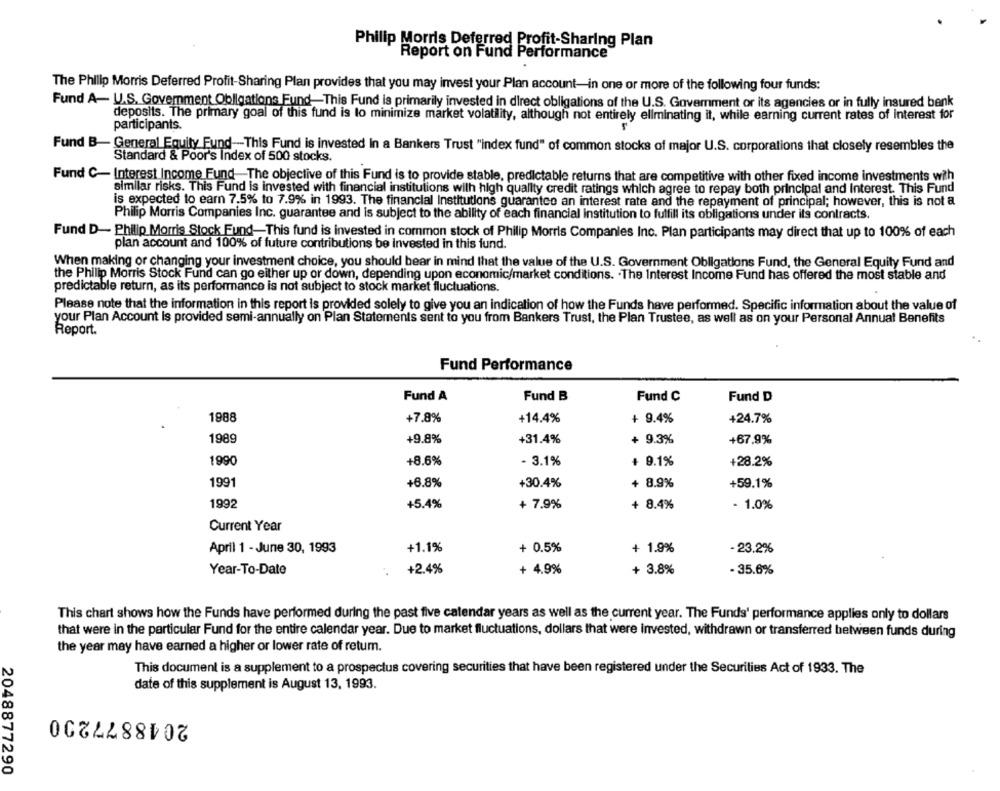
Philip Morris Deferred Profit-Sharing Plan
Report on Fund Performance
The Philip Morris Deferred Profit-Sharing Plan provides that you may invest your Plan account-in one or more of the following four funds:
Fund A- U.S. Government Obligations Fund-This Fund is primarily invested in direct obligations of the U.S. Government or its agencies or in fully insured bank
deposits. The primary goal of this fund is to minimize market volatility, although not entirely eliminating it, while earning current rates of interest for
participants.
Fund B- General Equity Fund -- This Fund is invested in a Bankers Trust "index fund" of common stocks of major U.S. corporations that closely resembles the
Standard & Poor's Index of 500 stocks.
Fund C- Interest Income Fund The objective of this Fund is to provide stable, predictable returns that are competitive with other fixed income investments with
similar risks. This Fund is invested with financial institutions with high quality credit ratings which agree to repay both principal and Interest. This Fund
is expected to earn 7.5% to 7.9% in 1993. The financial Institutions guarantee an interest rate and the repayment of principal; however, this is not a
Philip Morris Companies Inc. guarantee and is subject to the ability of each financial institution to fulfill its obligations under its contracts.
Fund D- Philip Morris Stock Fund-This fund is invested in common stock of Philip Morris Companies Inc. Plan participants may direct that up to 100% of each
plan account and 100% of future contributions be Invested in this fund.
When making or changing your investment choice, you should bear in mind that the value of the U.S. Government Obligations Fund, the General Equity Fund and
the Philip Morris Stock Fund can go either up or down, depending upon economic/market conditions. . The Interest Income Fund has offered the most stable and
predictable return, as its performance is not subject to stock market fluctuations.
Please note that the information in this report is provided solely to give you an indication of how the Funds have performed. Specific information about the value of
your Plan Account Is provided semi-annually on Plan Statements sent to you from Bankers Trust, the Plan Trustee, as well as on your Personal Annual Benefits
Report.
Fund Performance
Fund A
Fund B
Fund C
Fund D
1988
+7.8%
+14.4%
+ 9.4%
+24.7%
1989
+9.8%
+31.4%
+ 9.3%
+67.9%
1990
+8.6%
- 3.1%
+ 9.1%
+28.2%
1991
+6.8%
+ 8.9%
+59.1%
+30.4%
1992
+5.4%
+ 7.9%
+ 8.4%
- 1.0%
Current Year
April 1 - June 30, 1993
+1.1%
+ 0.5%
+ 1.9%
- 23.2%
Year-To-Date
+2.4%
+ 4.9%
+ 3.8%
. 35.6%
This chart shows how the Funds have performed during the past five calendar years as well as the current year. The Funds' performance applies only to dollars
that were in the particular Fund for the entire calendar year. Due to market fluctuations, dollars that were invested, withdrawn or transferred between funds during
the year may have earned a higher or lower rate of retum.
This document is a supplement to a prospectus covering securities that have been registered under the Securities Act of 1933. The
date of this supplement is August 13, 1993.
2048877200
2048877290